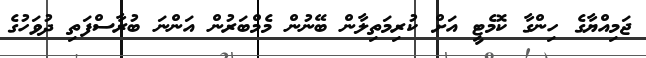
ޖަމިއްޔާގެ ހިންގާ ކޮމެޓީ އަށް ކުރިމަތިލާން ބޭނުން މެމްބަރުން އަންނަ ބުރާސްފަތި ދުވަހުގެ